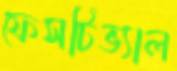
ফেসটিভ্যাল